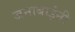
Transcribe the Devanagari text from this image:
जनाबाईंनी